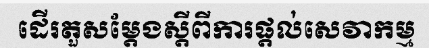
ដើរតួសម្តែងស្តីពីការផ្តល់សេវាកម្ម